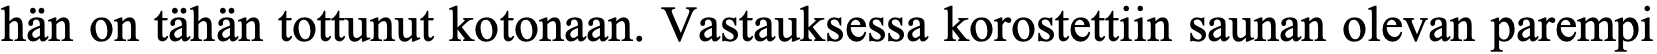
hän on tähän tottunut kotonaan. Vastauksessa korostettiin saunan olevan parempi